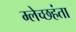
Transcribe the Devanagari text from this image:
म्लेच्छहंता